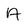
Character: A